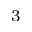
^ 3